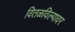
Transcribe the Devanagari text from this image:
वितळविल्यावर